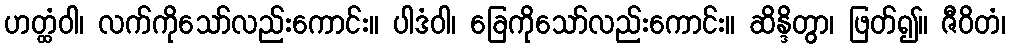
ဟတ္ထံဝါ၊ လက်ကိုသော်လည်းကောင်း။ ပါဒံဝါ၊ ခြေကိုသော်လည်းကောင်း။ ဆိန္ဒိတွာ၊ ဖြတ်၍။ ဇီဝိတံ၊